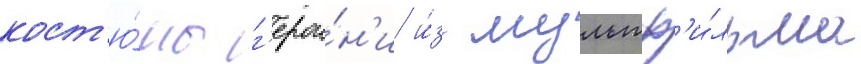
кост'ю́мы г'ерои́н'и и́з мультф'и́льма